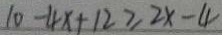
1 0 - 4 x + 1 2 \geq 2 x - 4